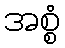
အစ္စံ